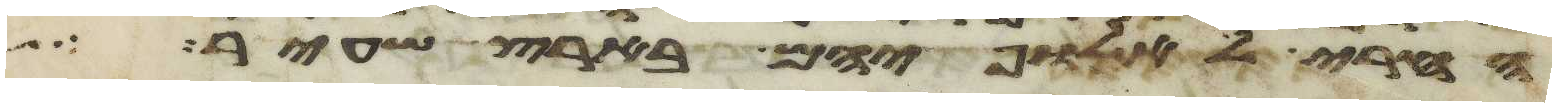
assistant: החרי לאלופיהם בארץ שעיר